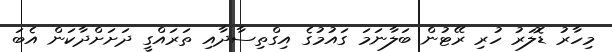
މިހާރު ޑޮލަރު ހުރި ރޭޓުން ބަލާނަމަ ގައުމުގެ އިގްތިސާދާއި ތަރައްގީ ދަށަށްދާކަން އެބަ